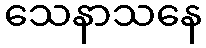
သေနာသနေ